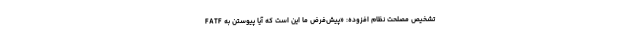
تشخیص مصلحت نظام افزوده: «پیش‌فرض ما این است که آیا پیوستن به FATF